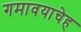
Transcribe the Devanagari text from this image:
गमावयाचेह